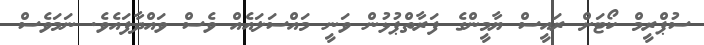
ސުޕްރީމް ކޯޓަށް ރައީސް ޔާމީންގެ ފަރާތްޕުޅުން ވަނީ މައްސަލައެއް ވެސް ވައްދާފައެވެ. ނަމަވެސް